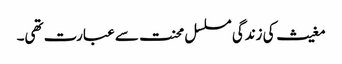
مغیث کی زندگی مسلسل محنت سے عبارت تھی۔